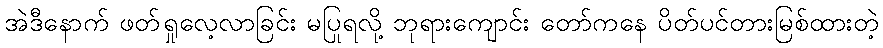
အဲဒီနောက် ဖတ်ရှုလေ့လာခြင်း မပြုရလို့ ဘုရားကျောင်း တော်ကနေ ပိတ်ပင်တားမြစ်ထားတဲ့